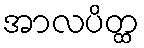
အာလပိတ္ထ